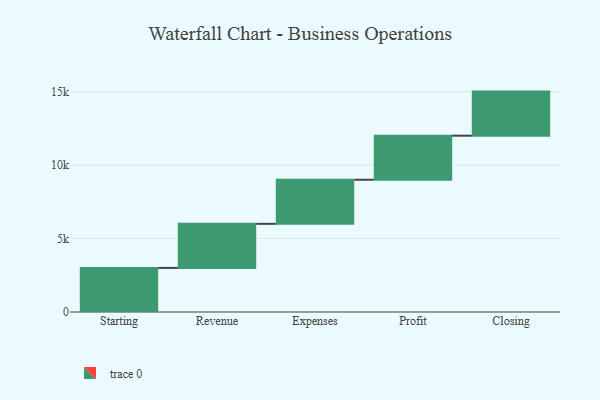
{"axis": {"x": "Step", "y": "Value"}, "legend": [""], "data": [{"x": "Starting", "y": 3000, "type": ""}, {"x": "Revenue", "y": 3000, "type": ""}, {"x": "Expenses", "y": 3000, "type": ""}, {"x": "Profit", "y": 3000, "type": ""}, {"x": "Closing", "y": 3000, "type": ""}]}